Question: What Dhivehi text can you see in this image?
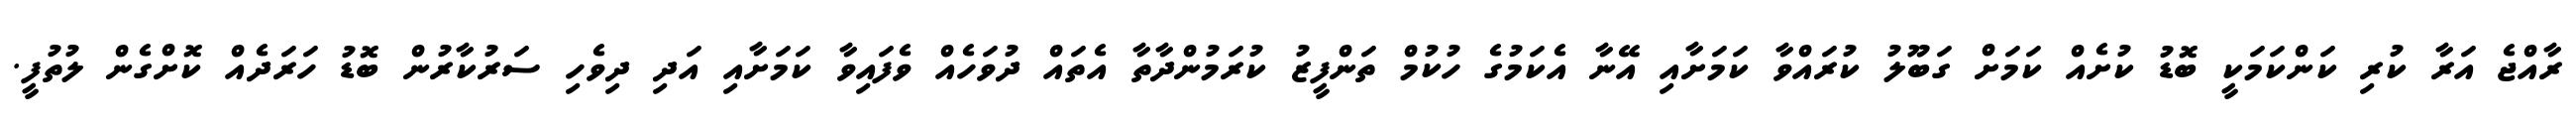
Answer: ރާއްޖެ އަރާ ކުރި ކަންކަމަކީ ބޮޑު ކުށެއް ކަމަށް ގަބޫލު ކުރައްވާ ކަމަށާއި އޭނާ އެކަމުގެ ހުކުމް ތަންފީޒު ކުރަމުންދާތާ އެތައް ދުވަހެއް ވެފައިވާ ކަމަށާއި އަދި ދިވެހި ސަރުކާރުން ބޮޑު ހަރަދެއް ކޮށްގެން ލުތުފީ.